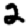
Digit: 2